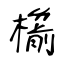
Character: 櫤